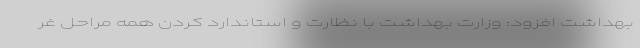
بهداشت افزود: وزارت بهداشت با نظارت و استاندارد کردن همه مراحل غر